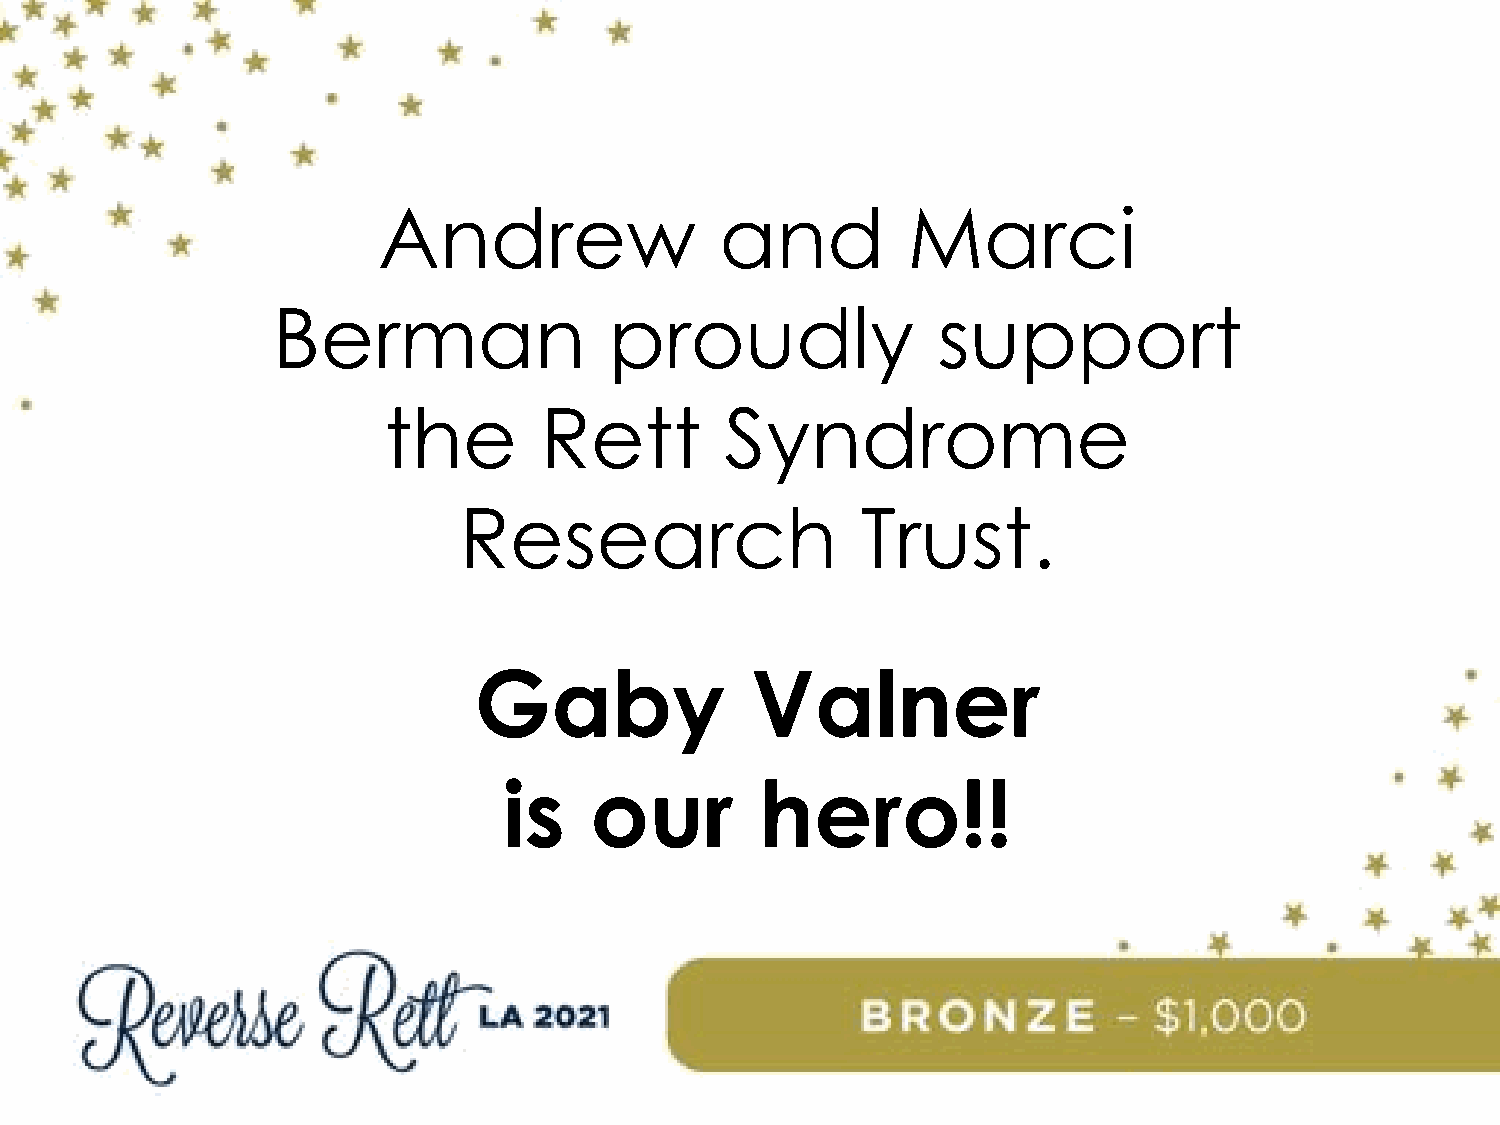
Andrew                 and         Marci
 Berman                proudly               support
 the        Rett        Syndrome
 Research                   Trust.
 Gaby               Valner
 is    our        hero!!